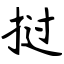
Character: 挝